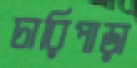
চারিপাড়া